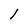
Character: l